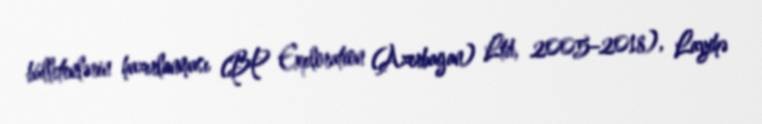
bülletenlərin hazırlanması (BP Exploration (Azerbaijan) Ltd, 2005–2018), Layihə